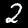
Digit: 2